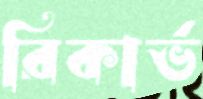
রিকার্ভ